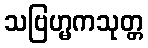
သဗြဟ္မကသုတ္တ